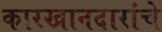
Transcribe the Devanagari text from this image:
कारखानदारांचे